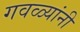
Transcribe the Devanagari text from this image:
गवळ्यांनी